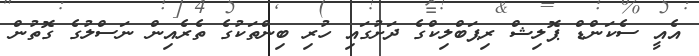
އެއީ ސެކަންޑް ޕޮލިޝް ރިޕަބްލިކްގެ ދަށުގައި ހުރި ބިންތަކުގެ ތެރެއިން ނަސްލުގެ ގޮތުން